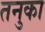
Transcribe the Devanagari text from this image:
तनुका